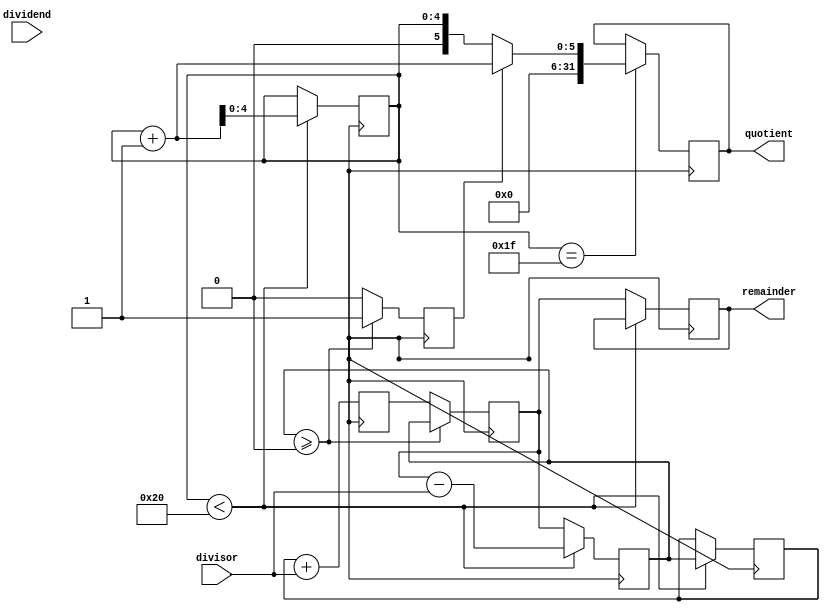
module non_restoring_divider (
    input wire signed [31:0] dividend,
    input wire signed [31:0] divisor,
    output reg signed [31:0] quotient,
    output reg signed [31:0] remainder
);

reg signed [31:0] add_input;
reg signed [31:0] add_output;
reg signed [31:0] subtract_input;
reg signed [31:0] subtract_output;

reg [4:0] count;
reg sign;
reg [31:0] temp_remainder;

always @(posedge clk) begin
    if (count < 32)
        subtract_input <= {sign, temp_remainder} - divisor;
    else
        subtract_input <= temp_remainder;

    add_input <= {sign, subtract_output} + divisor;

    if (subtract_input >= 0)
        begin
            temp_remainder <= subtract_input;
            sign <= 1;
        end
    else
        begin
            temp_remainder <= add_input;
            sign <= 0;
        end

    if (count < 32)
        begin
            subtract_output <= subtract_input;
            add_output <= add_input;
        end
    else
        remainder <= temp_remainder;

    if (count < 32)
        count <= count + 1;

    if (count == 31)
        quotient <= sign ? count + 1 : count;
end

endmodule